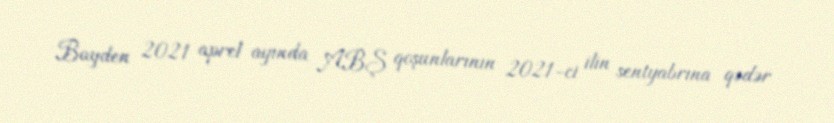
Bayden 2021 aprel ayında ABŞ qoşunlarının 2021-ci ilin sentyabrına qədər